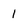
Character: 1